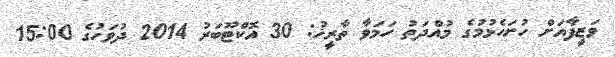
ވަޒީފާއަށް ހުށަހެޅުމުގެ މުއްދަތު ހަމަވާ ތާރީޚު: 30 އޮކްޓޫބަރު 2014 ދުވަހުގެ 15:00